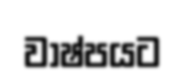
වාෂ්පයට